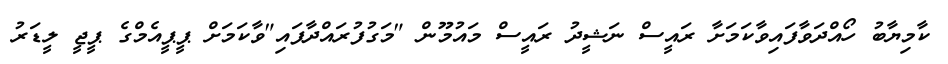
ކާމިޔާބު ހޯއްދަވާފައިވާކަމަށާ ރައީސް ނަޝީދު ރައީސް މައުމޫން "މަގުފުރައްދާފައި"ވާކަމަށް ޕީޕީއެމްގެ ޕީޖީ ލީޑަރު